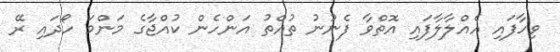
ވިހާފައި އެއްލާލާފައި އޮތްވާ ފެނުނު ތުއްތު އަންހެން ކުއްޖާގެ މަންމަ ހޯދައި ރޭ